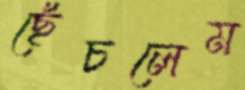
ছেঁচলেম